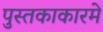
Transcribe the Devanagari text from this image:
पुस्तकाकारमे